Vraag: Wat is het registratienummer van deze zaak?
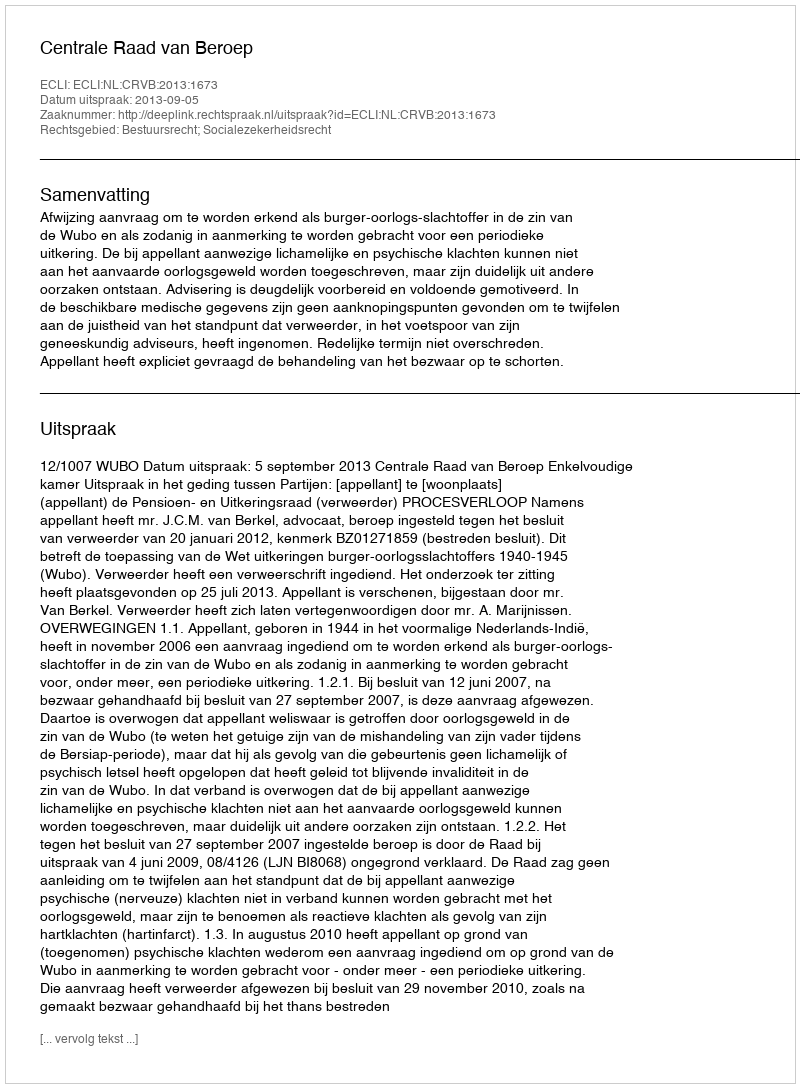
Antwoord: http://deeplink.rechtspraak.nl/uitspraak?id=ECLI:NL:CRVB:2013:1673